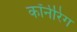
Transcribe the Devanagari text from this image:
कॉर्नरिंग